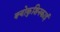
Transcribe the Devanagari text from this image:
क्योकुशिनकाई